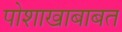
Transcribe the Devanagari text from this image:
पोशाखाबाबत